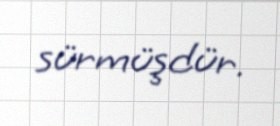
sürmüşdür.